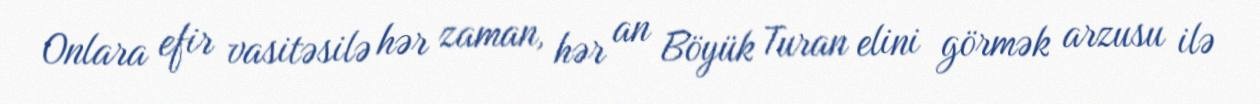
Onlara efir vasitəsilə hər zaman, hər an Böyük Turan elini görmək arzusu ilə